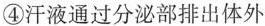
④汗液通过分泌部排出体外